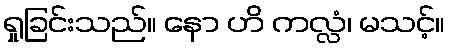
ရှုခြင်းသည်။ နော ဟိ ကလ္လံ၊ မသင့်။